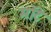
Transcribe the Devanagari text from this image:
मॉटे